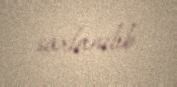
saxlanılıb.